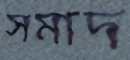
সমাদ